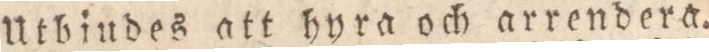
Utbiudes att hyra och arrendera.